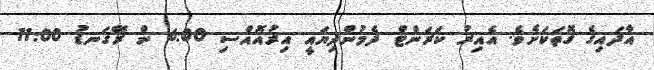
އާދައިގެ ގޮތަކަށެވެ. އެއިރު ކަރަންޓް ދެމުންދިޔައީ އިރުއޮއްސި 6:00 ން ރޭގަނޑު 11:00